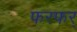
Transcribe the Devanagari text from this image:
फरफर्